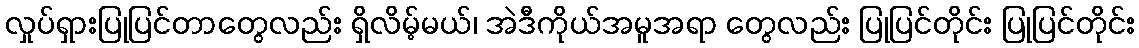
လှုပ်ရှားပြုပြင်တာတွေလည်း ရှိလိမ့်မယ်၊ အဲဒီကိုယ်အမူအရာ တွေလည်း ပြုပြင်တိုင်း ပြုပြင်တိုင်း